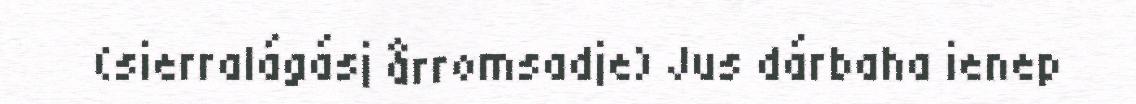
(sierralágásj årromsadje) Jus dárbaha ienep